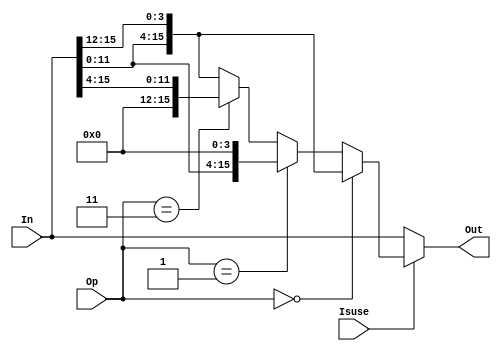

module shift_layer (In, Isuse, Op, Out);
    parameter   N = 16;
    parameter   C = 4;
    parameter   O = 2;

    localparam rll = 3'b000;
    localparam sll = 3'b001;
    localparam ror = 3'b010;
    localparam srl = 3'b011;

    input [N-1:0]   In;
    input [O-1:0]   Op;
    input Isuse;
    output [N-1:0]  Out;

    wire[N-1:0] stage;
    assign stage = (Op == rll) ? {In[N-C-1:0], In[N-1: N-C]} :
                 (Op == sll) ? {In[N-C-1:0], {C{1'b0}}} :
                 (Op == srl) ? {{C{1'b0}}, In[N-1: C]} : {In[N-C-1:0], In[N-1: N-C]};
    assign Out = Isuse ? stage : In;

endmodule